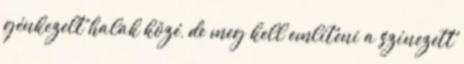
génkezelt halak közé, de meg kell említeni a színezett